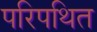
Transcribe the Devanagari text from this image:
परिपथित